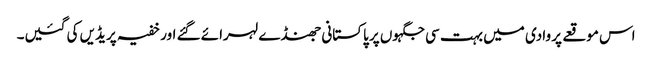
اس موقعے پر وادی میں بہت سی جگہوں پر پاکستانی جھنڈے لہرائے گئے اور خفیہ پریڈیں کی گئیں۔